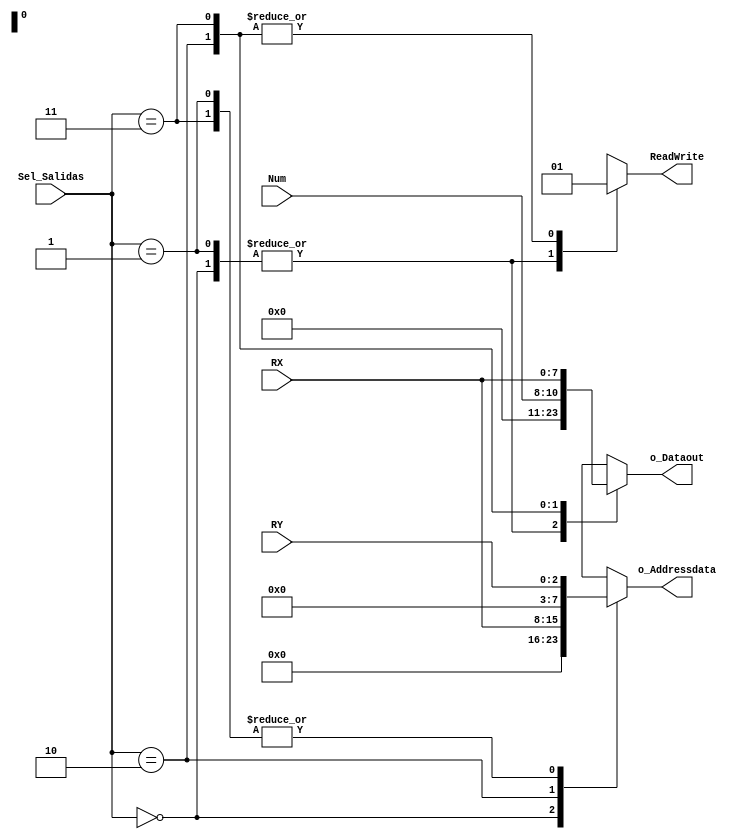
`timescale 1ns / 1ps
//////////////////////////////////////////////////////////////////////////////////
// Company: 
// Engineer: 
// 
// Design Name: 
// Module Name: Administrador_de_salidas
// Project Name: 
// Target Devices: 
// Tool Versions: 
// Description: 
// 
// Dependencies: 
// 
// Revision:
// Revision 0.01 - File Created
// Additional Comments:
// 
//////////////////////////////////////////////////////////////////////////////////


module Administrador_de_salidas(
    input [2:0] RY,
    input [7:0] RX,
    input [2:0] Num,
    input [1:0] Sel_Salidas,
    output reg [7:0] o_Dataout,
    output reg [7:0] o_Addressdata,
    output reg ReadWrite
);

always@*
    begin
        case(Sel_Salidas)
            2'b00:
                begin
                    o_Dataout <= 0;
                    o_Addressdata <= 0;
                    ReadWrite <= 0;
                end
             2'b01:
                begin
                    o_Dataout <= 0;
                    o_Addressdata <= {5'b00000,RY};
                    ReadWrite <= 0;
                end
            2'b10:
                begin
                    o_Dataout <= {5'b00000,Num};
                    o_Addressdata <= RX;
                    ReadWrite <= 1;
                end
            2'b11:
                
                begin
                    o_Dataout <= RX;
                    o_Addressdata <= RY;
                    ReadWrite <= 1;
                end
            default
                begin
                    o_Dataout <= 0;
                    o_Addressdata <= 0;
                    ReadWrite <= 0;
                end
        endcase
    end

endmodule